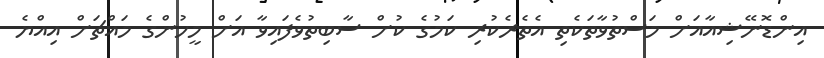
އިންޑޮނޭޝިއާއަށް މަސްތުވާތަކެތި އެތެރެކުރި ކަމުގެ ކުށް ސާބިތުވެފައިވާ އަށް މީހުންގެ މައްޗަށް އިއްޔެ